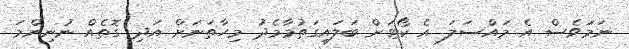
ނަމަވެސް އެ މައްސަލަ އެ ކޯޓަށް ބަލައިގަތުމާމެދު މިހާތަނަށް އަދި ގޮތެއް ނުނިންމަ